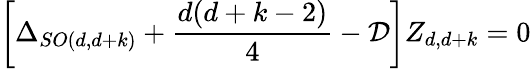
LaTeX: \left[\Delta_{SO(d,d+k)}+\frac{d(d+k-2)}{4}-{\cal{D}}\right]Z_{d,d+k}=0